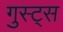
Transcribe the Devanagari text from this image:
गुस्ट्स